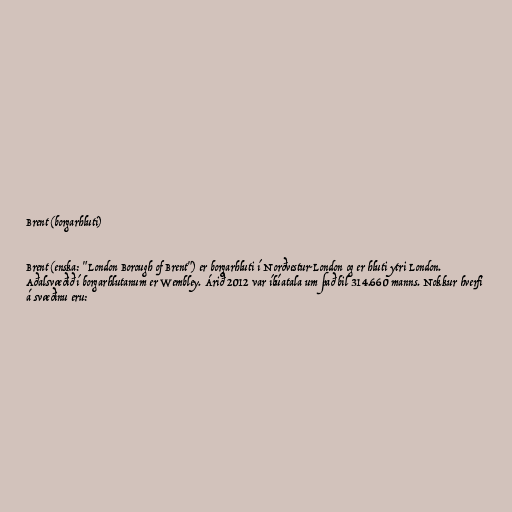
Brent (borgarhluti)

Brent (enska: "London Borough of Brent") er borgarhluti í Norðvestur-London og er hluti ytri London.
Aðalsvæðið í borgarhlutanum er Wembley. Árið 2012 var íbúatala um það bil 314.660 manns. Nokkur hverfi
á svæðinu eru: